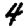
Digit: 4